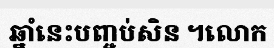
ឆ្នាំនេះបញ្ចប់សិន ។លោក